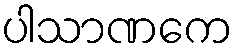
ပါသာဏကေ